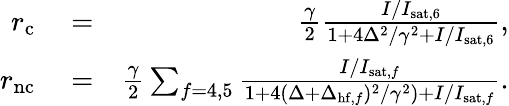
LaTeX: \begin{array}{rlr}{r_{\mathrm{c}}}&{{}=}&{\frac{\gamma}{2}\frac{I/I_{\mathrm{sat},6}}{1+4\Delta^{2}/\gamma^{2}+I/I_{\mathrm{sat},6}},}\\ {r_{\mathrm{nc}}}&{{}=}&{\frac{\gamma}{2}\sum_{f=4,5}\frac{I/I_{\mathrm{sat},f}}{1+4(\Delta+\Delta_{\mathrm{hf},f})^{2}/\gamma^{2})+I/I_{\mathrm{sat},f}}.}\end{array}